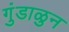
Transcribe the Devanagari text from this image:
गुंडाळुन